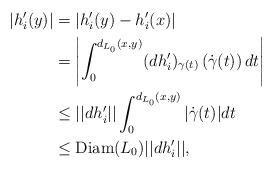
LaTeX: \begin{align*}|h'_i(y)|&= |h'_i(y)-h'_i(x)| \\&= \left| \int_0^{d_{L_0}(x,y)}(dh'_i)_{\gamma(t)}\left(\dot{\gamma}(t)\right)dt\right| \\&\leq ||dh'_i|| \int_0^{d_{L_0}(x,y)}|\dot{\gamma}(t)|dt \\&\leq \mathrm{Diam}(L_0)||dh'_i||,\end{align*}